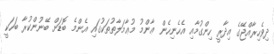
ދިވެހިރާއްޖޭގެ އިދާރީ ހިންގުމާއި އެހެނިހެން ޢާންމު މުޢާމަލާތުތަކުގައި އެންމެ ބޮޑަށް ބޭނުންކުރާ ބަހަކީ